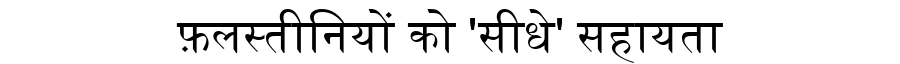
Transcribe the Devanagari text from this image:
फ़लस्तीनियों को 'सीधे' सहायता